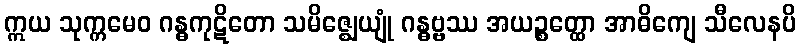
ဣယ သုက္ကမေဝ ဂန္ဓကုဋိတော သမိဇ္ဈေယျုံ ဂန္ဓဗ္ဗဿ အယဉ္စတ္ထော အာဓိကျေ သီလေနပိ